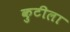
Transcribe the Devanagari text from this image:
कुटीला